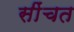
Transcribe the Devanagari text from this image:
सींचत